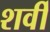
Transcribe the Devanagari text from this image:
शर्वी